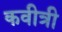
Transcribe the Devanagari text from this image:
कवीत्री